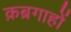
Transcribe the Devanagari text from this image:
क़ब्रगाहों